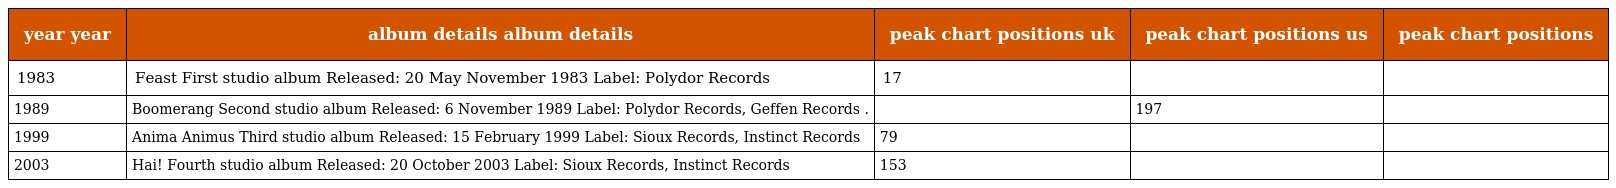
| year year | album details album details | peak chart positions uk | peak chart positions us | peak chart positions |
 | --- | --- | --- | --- | --- |
 | 1983 | Feast First studio album Released: 20 May November 1983 Label: Polydor Records | 17 |  |  |
 | 1989 | Boomerang Second studio album Released: 6 November 1989 Label: Polydor Records, Geffen Records . |  | 197 |  |
 | 1999 | Anima Animus Third studio album Released: 15 February 1999 Label: Sioux Records, Instinct Records | 79 |  |  |
 | 2003 | Hai! Fourth studio album Released: 20 October 2003 Label: Sioux Records, Instinct Records | 153 |  |  |